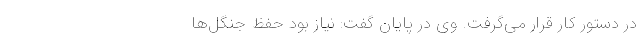
در دستور کار قرار می‌گرفت. وی در پایان گفت: نیاز بود حفظ جنگل‌ها